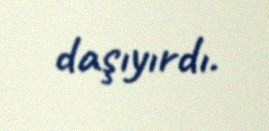
daşıyırdı.